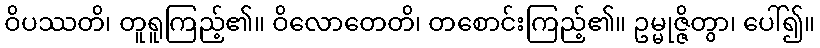
ဝိပဿတိ၊ တူရူကြည့်၏။ ဝိလောတေတိ၊ တစောင်းကြည့်၏။ ဥမ္မုဇ္ဇိတွာ၊ ပေါ်၍။